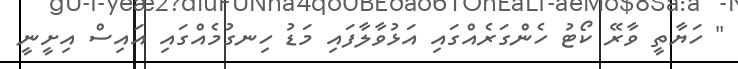
" ހަޔާތީ ވާރޭ ކޯޓު ހެންގަރެއްގައި އަޅުވާލާފައި މަޑު ހިނގުމެއްގައި އައިސް އިށީނީ